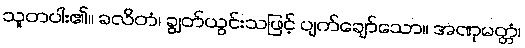
သူတပါး၏။ ခလိတံ၊ ချွတ်ယွင်းသဖြင့် ပျက်ချော်သော။ အဏုမတ္တံ၊